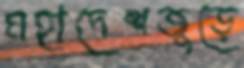
মহাদেশজুড়ে